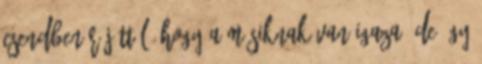
csendben rájöttél, hogy a másiknak van igaza, de úgy